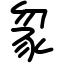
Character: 䝆